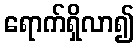
ရောက်ရှိလာ၍